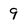
Character: 9